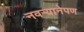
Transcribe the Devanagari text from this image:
नवर्‍यानेपण